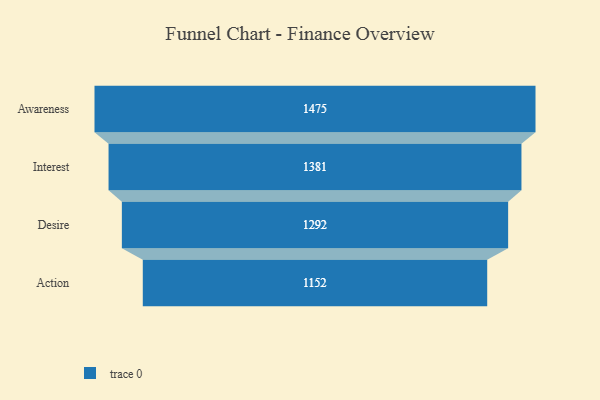
{"axis": {"x": "Stage", "y": "Value"}, "legend": [""], "data": [{"x": "Awareness", "y": 1475.0, "type": ""}, {"x": "Interest", "y": 1381.0, "type": ""}, {"x": "Desire", "y": 1292.0, "type": ""}, {"x": "Action", "y": 1152.0, "type": ""}]}